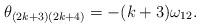
LaTeX: \begin{align*}\theta_{(2k+3)(2k+4)}=-(k+3)\omega_{12}.\end{align*}